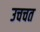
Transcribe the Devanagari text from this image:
उचचत